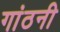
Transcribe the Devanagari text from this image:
गांठनी